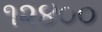
૧૨૪૦૦